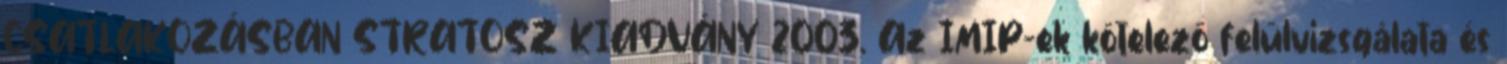
CSATLAKOZÁSBAN STRATOSZ KIADVÁNY 2003. Az IMIP-ek kötelező felülvizsgálata és